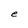
Character: e